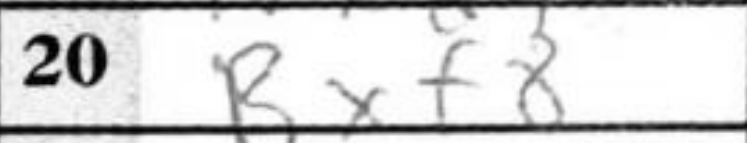
Transcription: Bxf8